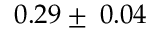
0 . 2 9 \pm \: 0 . 0 4